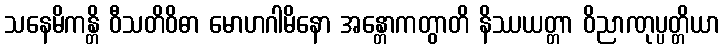
သနေမိကန္တိ ဝီသတိဝိဓာ မောဟဂါမိနော အန္တောကတွာတိ နိဿယတ္တာ ဝိညာဏုပ္ပတ္တိယာ